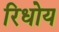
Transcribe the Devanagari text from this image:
रिधोय